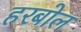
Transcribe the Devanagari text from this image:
हरबोल